Report on plague in the Punjab from October 1st ... to September 30th ..., being the ... season of plague in the province
Disease focus: Plague
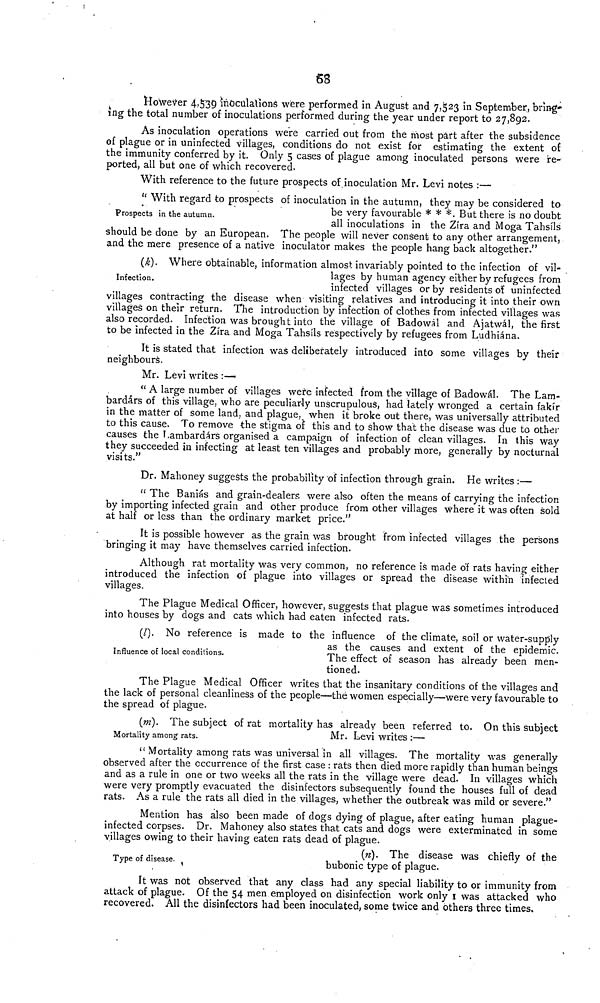
63
However 4,539 inoculations were performed in August and 7,323 in September, bring-
ing the total number of inoculations performed during the year under report to 27,892.
As inoculation operations were carried out from the most part after the subsidence
of plague or in uninfected villages, conditions do not exist for estimating the extent of
the immunity conferred by it. Only 5 cases of plague among inoculated persons were re-
ported, all but one of which recovered.
With reference to the future prospects of. inoculation Mr. Levi notes :—
Prospects in the autumn.
" With regard to prospects of inoculation in the autumn, they may be considered to
be very favourable * * *. But there is no doubt
all inoculations in the Zira and Moga Tahsíls
should be done by an European. The people will never consent to any other arrangement;
and the mere presence of a native inoculator makes the people hang back altogether."
Infection.
(k). Where obtainable, information almost invariably pointed to the infection of vil-
lages by human agency either by refugees from
infected villages or by residents of uninfected
villages contracting the disease when visiting relatives and introducing it into their own
villages on their return. The introduction by infection of clothes from infected villages was
also recorded. Infection was brought into the village of Badowál and Ajatwál, the first
to be infected in the Zira and Moga Tahsíls respectively by refugees from Ludhiána.
It is stated that infection was deliberately introduced into some villages by their
neighbours.
Mr. Levi writes : —>
" A large number of villages were infected from the village of Badowál. The Lam-
bardárs of this village, who are peculiarly unscrupulous, had lately wronged a certain fakir
in the matter of some land, and plague, when it broke out there, was universally attributed
to this cause. To remove the stigma of this and to show that the disease was due to other
causes the Lambardárs organised a campaign of infection of clean villages. In this way
they succeeded in infecting at least ten villages and probably more, generally by nocturnal
visits."
Dr. Mahoney suggests the probability of infection through grain. He writes :—
" The Baniás and grain-dealers were also often the means of carrying the infection
by importing infected grain and other produce from other villages where it was often sold
at half or less than the ordinary market price."
It is possible however as the grain was brought from infected villages the persons
bringing it may have themselves carried infection.
Although rat mortality was very common, no reference is made of rats having either
introduced the infection of plague into villages or spread the disease within infected
villages.
The Plague Medical Officer, however, suggests that plague was sometimes introduced
into houses by dogs and cats which had eaten infected rats.
Influence of local conditions.
(l). No reference is made to the influence of the climate, soil or water-supply
as the causes and extent of the epidemic.
The effect of season has already been men-
tioned.
The Plague Medical Officer writes that the insanitary conditions of the villages and
the lack of personal cleanliness of the people—the women especially—were very favourable to
the spread of plague.
Mortality among rats.
Mr. Levi writes :—
(m). The subject of rat mortality has already been referred to. On this subiect
" Mortality among rats was universal in all villages. The mortality was generally
observed after the occurrence of the first case : rats then died more rapidly than human beings
and as a rule in one or two weeks all the rats in the village were dead. In villages which
were very promptly evacuated the disinfectors subsequently found the houses full of dead
rats. As a rule the rats all died in the villages, whether the outbreak was mild or severe."
Mention has also been made of dogs dying of plague, after eating human plague-
infected corpses. Dr. Mahoney also states that cats and dogs were exterminated in some
villages owing to their having eaten rats dead of plague.
Type of disease.
(n). The disease was chiefly of the
bubonic type of plague.
It was not observed that any class had any special liability to or immunity from
attack of plague. Of the 54 men employed on disinfection work only 1 was attacked who
recovered. All the disinfectors had been inoculated, some twice and others three times.